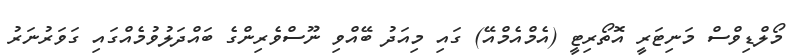
މޯލްޑިވްސް މަނިޓަރީ އޮތޯރިޓީ (އެމްއެމްއޭ) ގައި މިއަދު ބޭއްވި ނޫސްވެރިންގެ ބައްދަލުވުމެއްގައި ގަވަރުނަރު